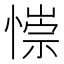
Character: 𢠄